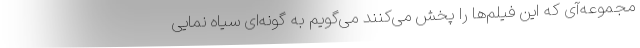
مجموعه‌آی که این فیلم‌ها را پخش می‌کنند می‌گویم به گونه‌ای سیاه نمایی